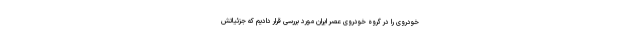
خودروی را در گروه خودروی عصر ایران مورد بررسی قرار دادیم که جزئیاتش